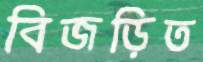
বিজড়িত